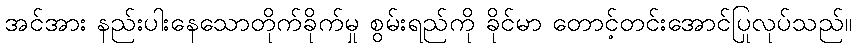
အင်အား နည်းပါးနေသောတိုက်ခိုက်မှု စွမ်းရည်ကို ခိုင်မာ တောင့်တင်းအောင်ပြုလုပ်သည်။